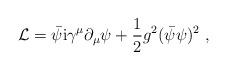
LaTeX: \begin{align*}{\cal L}= \bar{\psi} {\rm i}\gamma^{\mu} \partial_{\mu} \psi + \frac{1}{2} g^2 (\bar{\psi}\psi )^2 \ ,\end{align*}